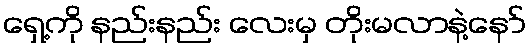
ရှေ့ကို နည်းနည်း လေးမှ တိုးမလာနဲ့နော်